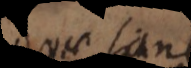
Quae sane